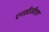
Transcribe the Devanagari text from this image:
एनसीसीएए